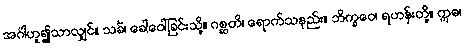
အင်္ဂါဟူ၍သာလျှင်။ သင်္ခံ၊ ခေါ်ဝေါ်ခြင်းသို့။ ဂစ္ဆတိ၊ ရောက်သနည်း။ ဘိက္ခဝေ၊ ရဟန်းတို့။ ဣဓ၊